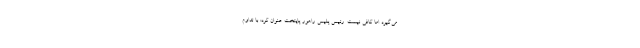
می‌گیرد اما کافی نیست. رئیس پلیس راهور پایتخت عنوان کرد: با تداوم